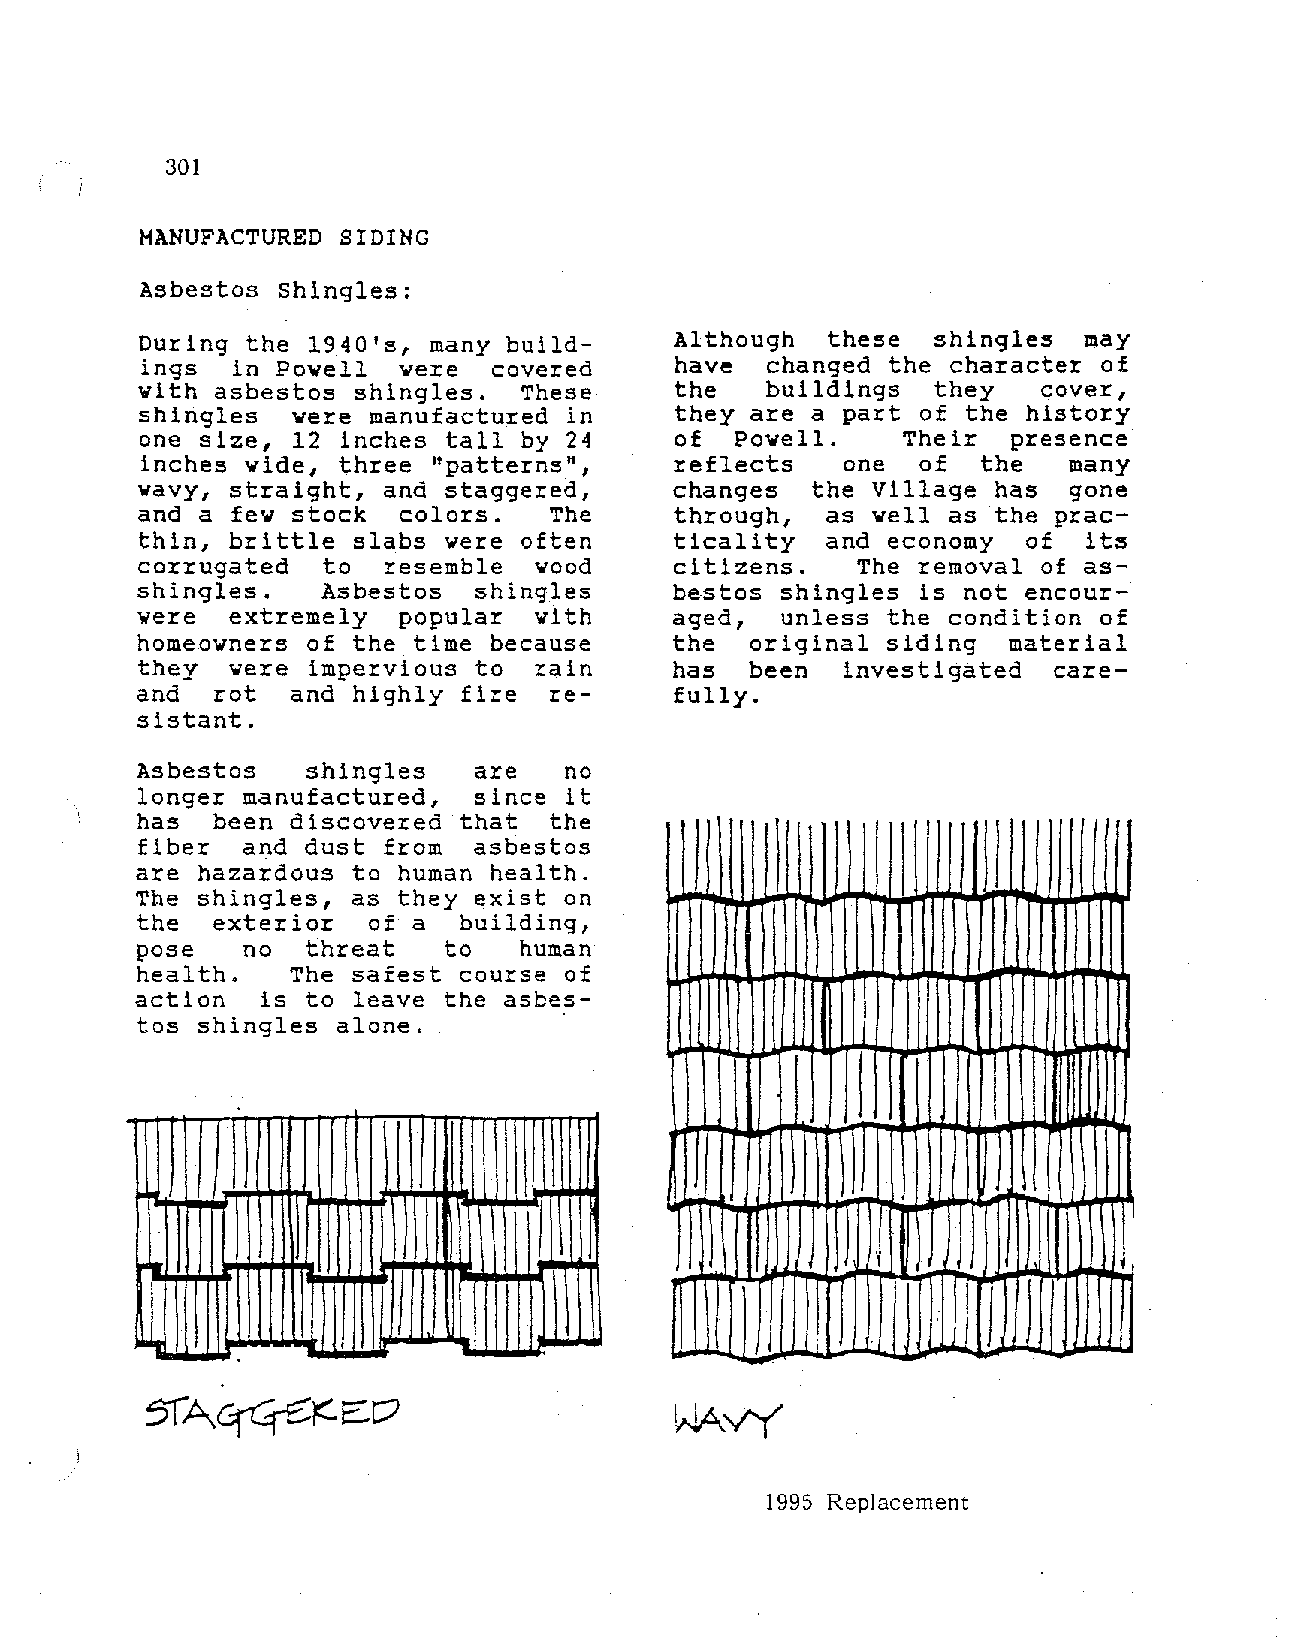
301
 MANUFACTURED SIDING
 Asbestos Shingles:
 During the 1940's, many build       Although  these  shingles  may
 ings  in Powell  were   covered     have  changed the character of
 with asbestos shingles.  These      the   buildings  they   cover,
 shingles  were manufactured in      they are a part of the history
 one size, 12  inches tall by 24     of  Powell.    Their  presence
 inches wide, three  "patterns",     reflects   one  of  the   many
 wavy, straight, and staggered,     changes   the Village has  gone
 and a few stock  colors.   The      through,  as well as the prac
 thin, brittle slabs were often      ticality  and economy  of  its
 corrugated  to  resemble  wood      citizens.   The removal of as
 shingles.   Asbestos  shingles     bestos  shingles is not encour
 were  extremely  popular  with     aged,   unless the condition of
 homeowners of the time because     the   original siding  material
 they  were impervious to  rain     has   been  investigated  care
 and  rot  and highly fire  re       fully.
 sistant.
 Asbestos   shingles   are   no
 longer manufactured,  since it
 has  been discovered that  the
 fiber  and dust from  asbestos
 are hazardous to human health.
 The shingles, as they exist on
 the  exterior  of a  building,
 pose   no  threat   to   human
 health.   The safest course of
 action  is to leave the asbes
 tos shingles alone.
 I
 I
 1995 Replacement